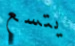
يتسع